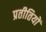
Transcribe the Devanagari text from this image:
प्रतीतियों